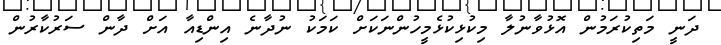
ދަނީ މަތިކުރަމުން އޮޅުވާނުލާ މިކުޅިކުޅެމީހުންނަކަށް ކަމަކު ނުދާނެ އިންޑިއާ އަށް ދާން ސަރުކާރުން